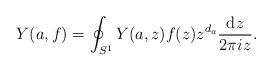
LaTeX: \begin{align*}Y(a,f) = \oint_{S^1}Y(a,z)f(z)z^{d_a}\frac{{\rm d}z}{2\pi i z}.\end{align*}